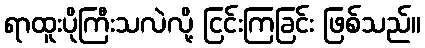
ရာထူးပိုကြီးသလဲလို့ ငြင်းကြခြင်း ဖြစ်သည်။